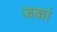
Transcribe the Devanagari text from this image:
जकां